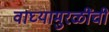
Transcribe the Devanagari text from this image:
वाघ्यामुरळींची